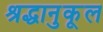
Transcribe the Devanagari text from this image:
श्रद्धानुकूल